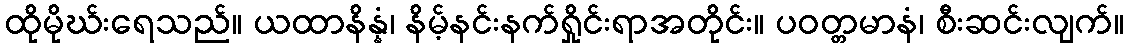
ထိုမိုဃ်းရေသည်။ ယထာနိန္နံ၊ နိမ့်နင်းနက်ရှိုင်းရာအတိုင်း။ ပဝတ္တမာနံ၊ စီးဆင်းလျက်။